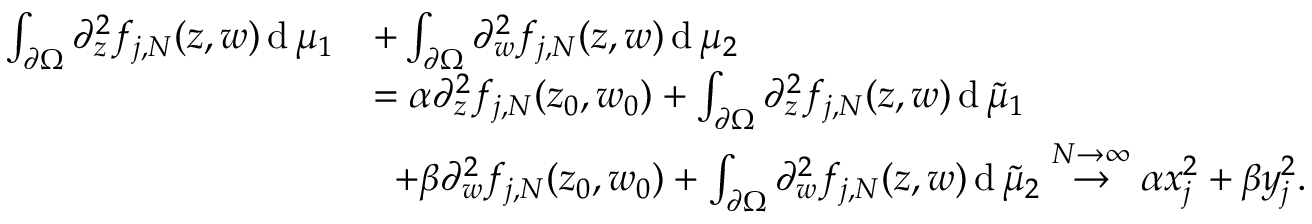
\begin{array} { r l } { \int _ { \partial \Omega } \partial _ { z } ^ { 2 } f _ { j , N } ( z , w ) \operatorname { d } \mu _ { 1 } } & { + \int _ { \partial \Omega } \partial _ { w } ^ { 2 } f _ { j , N } ( z , w ) \operatorname { d } \mu _ { 2 } } \\ & { = \alpha \partial _ { z } ^ { 2 } f _ { j , N } ( z _ { 0 } , w _ { 0 } ) + \int _ { \partial \Omega } \partial _ { z } ^ { 2 } f _ { j , N } ( z , w ) \operatorname { d } \tilde { \mu } _ { 1 } } \\ & { \; \; + \beta \partial _ { w } ^ { 2 } f _ { j , N } ( z _ { 0 } , w _ { 0 } ) + \int _ { \partial \Omega } \partial _ { w } ^ { 2 } f _ { j , N } ( z , w ) \operatorname { d } \tilde { \mu } _ { 2 } \stackrel { N \to \infty } { \rightarrow } \alpha x _ { j } ^ { 2 } + \beta y _ { j } ^ { 2 } . } \end{array}